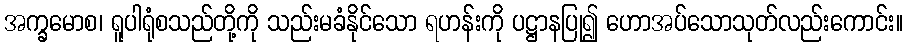
အက္ခမောစ၊ ရူပါရုံစသည်တို့ကို သည်းမခံနိုင်သော ရဟန်းကို ပဋ္ဌာနပြု၍ ဟောအပ်သောသုတ်လည်းကောင်း။